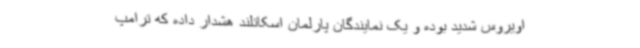
اویروس شدید بوده و یک نمایندگان پارلمان اسکاتلند هشدار داده که ترامپ